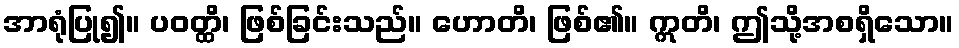
အာရုံပြု၍။ ပဝတ္ထိ၊ ဖြစ်ခြင်းသည်။ ဟောတိ၊ ဖြစ်၏။ ဣတိ၊ ဤသို့အစရှိသော။